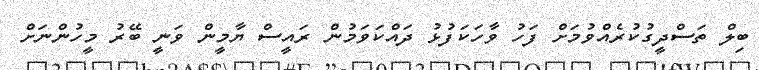
ބިލް ތަސްދީގުކުރެއްވުމަށް ފަހު ވާހަކަފުޅު ދައްކަވަމުން ރައީސް ޔާމީން ވަނީ ބޭރު މީހުންނަށް